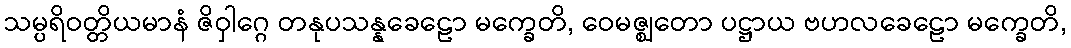
သမ္ပရိဝတ္တိယမာနံ ဇိဝှါဂ္ဂေ တနုပသန္နခေဠော မက္ခေတိ, ဝေမဇ္ဈတော ပဋ္ဌာယ ဗဟလခေဠော မက္ခေတိ,